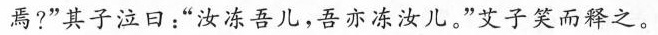
焉?”其子泣日：”汝冻吾儿，吾亦冻汝儿。”艾子笑而释之。